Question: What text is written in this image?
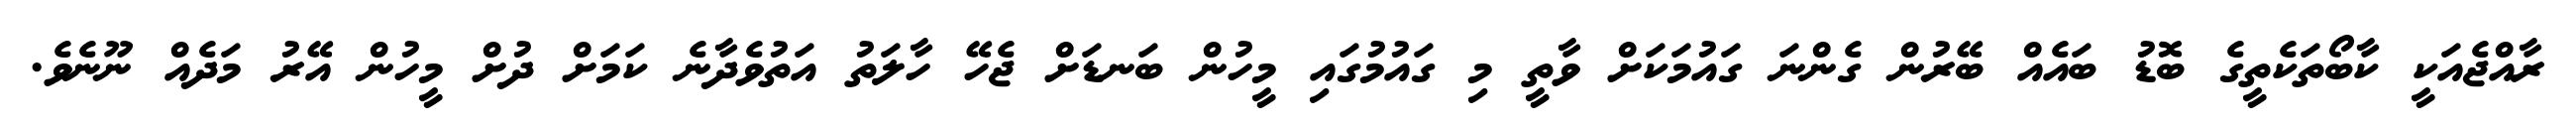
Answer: ރާއްޖެއަކީ ކާބޯތަކެތީގެ ބޮޑު ބައެއް ބޭރުން ގެންނަ ގައުމަކަށް ވާތީ މި ގައުމުގައި މީހުން ބަނޑަށް ޖެހޭ ހާލަތު އަތުވެދާނެ ކަމަށް ދުށް މީހުން އޭރު މަދެއް ނޫނެވެ.